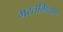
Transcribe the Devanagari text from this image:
भरतमिलाप